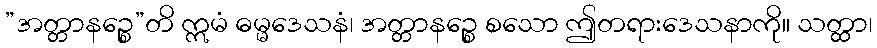
”အတ္တာနဉ္စေ”တိ ဣမံ ဓမ္မဒေသနံ၊ အတ္တာနဉ္စေ စသော ဤတရားဒေသနာကို။ သတ္ထာ၊